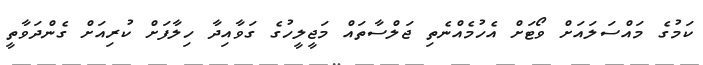
ކަމުގެ މައްސަލައަށް ވޯޓަށް އެހުމެއްނެތި ޖަލްސާތައް މަޖީލީހުގެ ގަވާއިދާ ހިލާފަށް ކުރިއަށް ގެންދަވާތީ